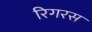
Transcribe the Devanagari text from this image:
रिगरस